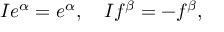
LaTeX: I e ^ { \alpha } = e ^ { \alpha } , \quad I f ^ { \beta } = - f ^ { \beta } ,